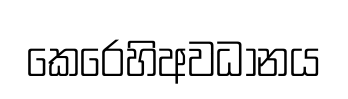
කෙරෙහිඅවධානය